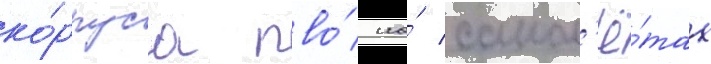
ко́рпуса пво́ на́ самол'ё́тах